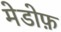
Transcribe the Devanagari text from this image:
मेडोफ़